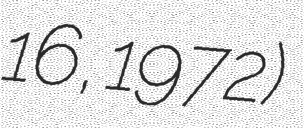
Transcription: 16, 1972)